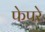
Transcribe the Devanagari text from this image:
फेपरे